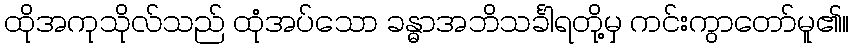
ထိုအကုသိုလ်သည် ထုံအပ်သော ခန္ဓာအဘိသင်္ခါရတို့မှ ကင်းကွာတော်မူ၏။